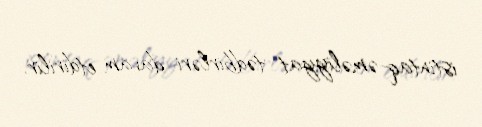
istintaq-əməliyyat tədbirləri davam etdirilir.